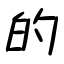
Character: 的